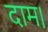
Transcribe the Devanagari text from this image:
दाम।